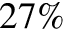
2 7 \%